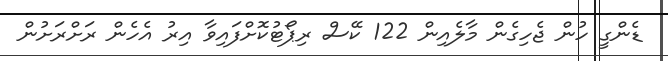
ޑެންގީ ހުން ޖެހިގެން މާލެއިން 122 ކޭސް ރިޕޯޓުކޮށްފައިވާ އިރު އެހެން ރަށްރަށުން